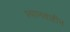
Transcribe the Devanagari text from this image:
श्यानताहीन